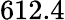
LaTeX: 612.4